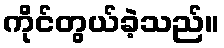
ကိုင်တွယ်ခဲ့သည်။